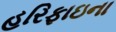
હરિફાઇના